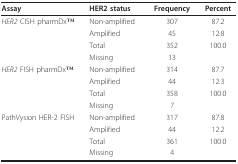
<table><thead><tr><td><b>Assay</b></td><td><b>HER2 status</b></td><td><b>Frequency</b></td><td><b>Percent</b></td></tr></thead><tbody><tr><td><i>HER2 </i>CISH pharmDxTM</td><td>Non-amplified</td><td>307</td><td>87.2</td></tr><tr><td></td><td>Amplified</td><td>45</td><td>12.8</td></tr><tr><td></td><td>Total</td><td>352</td><td>100.0</td></tr><tr><td></td><td>Missing</td><td>13</td><td></td></tr><tr><td><i>HER2 </i>FISH pharmDxTM</td><td>Non-amplified</td><td>314</td><td>87.7</td></tr><tr><td></td><td>Amplified</td><td>44</td><td>12.3</td></tr><tr><td></td><td>Total</td><td>358</td><td>100.0</td></tr><tr><td></td><td>Missing</td><td>7</td><td></td></tr><tr><td>PathVysion HER-2 FISH</td><td>Non-amplified</td><td>317</td><td>87.8</td></tr><tr><td></td><td>Amplified</td><td>44</td><td>12.2</td></tr><tr><td></td><td>Total</td><td>361</td><td>100.0</td></tr><tr><td></td><td>Missing</td><td>4</td><td></td></tr></tbody></table>